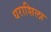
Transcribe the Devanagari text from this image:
धराशिला